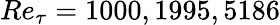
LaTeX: Re_{\tau}=1000,1995,5186